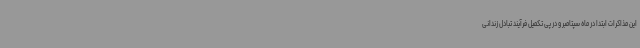
این مذاکرات ابتدا در ماه سپتامبر و در پی تکمیل فرآیند تبادل زندانی